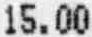
15.00